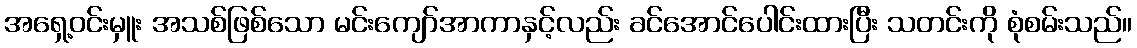
အရှေ့ဝင်းမှူး အသစ်ဖြစ်သော မင်းကျော်အာကာနှင့်လည်း ခင်အောင်ပေါင်းထားပြီး သတင်းကို စုံစမ်းသည်။